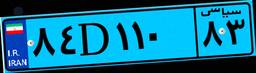
۱۲D۴۸۸۲۳